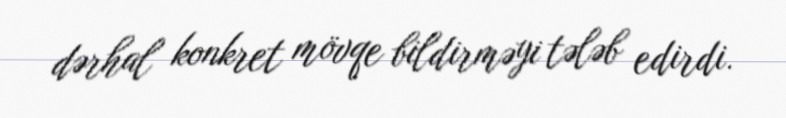
dərhal konkret mövqe bildirməyi tələb edirdi.